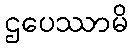
ဌပေဿာမိ